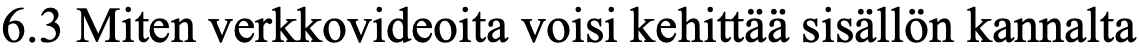
6.3 Miten verkkovideoita voisi kehittää sisällön kannalta